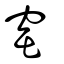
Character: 窑